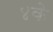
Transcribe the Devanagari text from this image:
४के